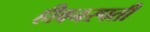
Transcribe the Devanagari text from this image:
हीवनस्पती